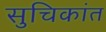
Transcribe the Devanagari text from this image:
सुचिकांत